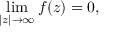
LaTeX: \operatorname* { l i m } _ { | z | \to \infty } f ( z ) = 0 ,